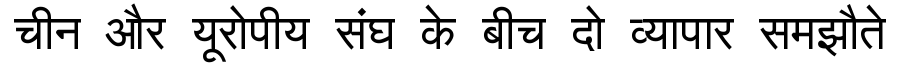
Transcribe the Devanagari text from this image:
चीन और यूरोपीय संघ के बीच दो व्यापार समझौते